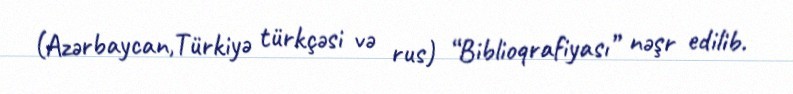
(Azərbaycan,Türkiyə türkçəsi və rus) “Biblioqrafiyası” nəşr edilib.